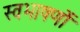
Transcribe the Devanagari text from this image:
स्वभाषणों